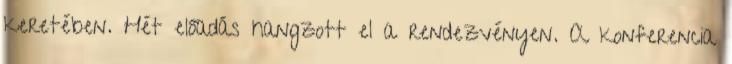
keretében. Hét előadás hangzott el a rendezvényen. A konferencia